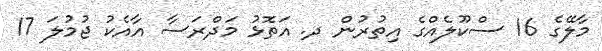
މާލޭގެ 16 ސްކޫލެއްގެ އިތުރުން ދ. އަތޮޅު މަދްރަސާ އާއެކު ޖުމުލަ 17